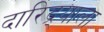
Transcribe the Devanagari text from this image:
दारिद्र्याला